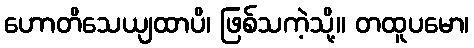
ဟောတိသေယျထာပိ၊ ဖြစ်သကဲ့သို့။ တထူပမော၊